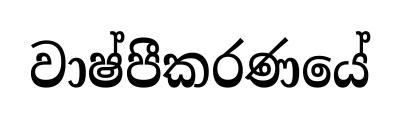
වාෂ්පීකරණයේ